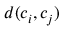
d ( c _ { i } , c _ { j } )